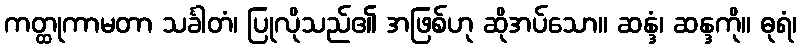
ကတ္ထုကာမတာ သင်္ခါတံ၊ ပြုလိုသည်၏ အဖြစ်ဟု ဆိုအပ်သော။ ဆန္ဒံ၊ ဆန္ဒကို။ ဓုရံ၊